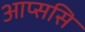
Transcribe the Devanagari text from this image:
आप्ससि